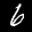
Label: 6